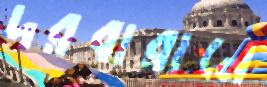
দরবারানে